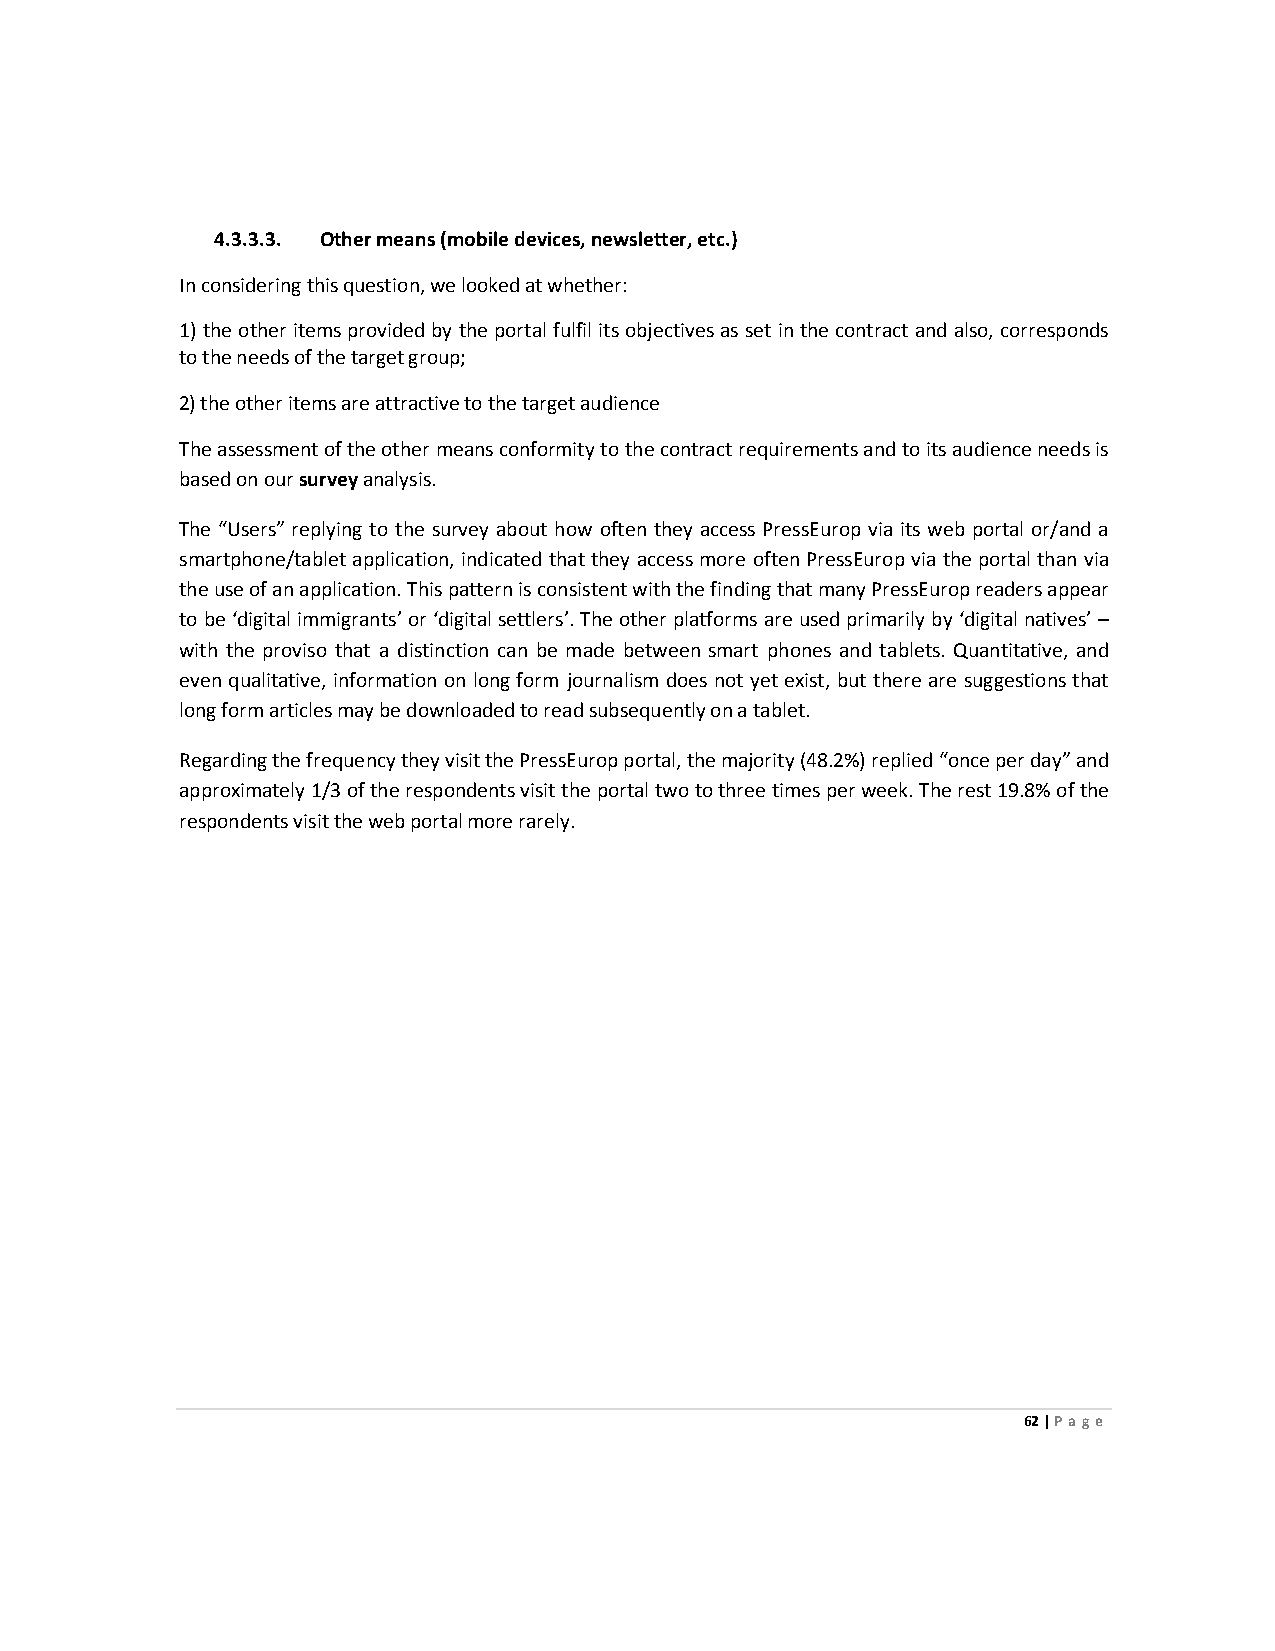
4.3.3.3. Other means (mobile devices, newsletter, etc.)
 In considering this question, we looked at whether:
 1) the other items provided by the portal fulfil its objectives as set in the contract and also, corresponds
 to the needs of the target group;
 2) the other items are attractive to the target audience
 The assessment of the other means conformity to the contract requirements and to its audience needs is
 based on our survey analysis.
 The “Users” replying to the survey about how often they access PressEurop via its web portal or/and a
 smartphone/tablet application, indicated that they access more often PressEurop via the portal than via
 the use of an application. This pattern is consistent with the finding that many PressEurop readers appear
 to be ‘digital immigrants’ or ‘digital settlers’. The other platforms are used primarily by ‘digital natives’ –
 with the proviso that a distinction can be made between smart phones and tablets. Quantitative, and
 even qualitative, information on long form journalism does not yet exist, but there are suggestions that
 long form articles may be downloaded to read subsequently on a tablet.
 Regarding the frequency they visit the PressEurop portal, the majority (48.2%) replied “once per day” and
 approximately 1/3 of the respondents visit the portal two to three times per week. The rest 19.8% of the
 respondents visit the web portal more rarely.
 62 | Page